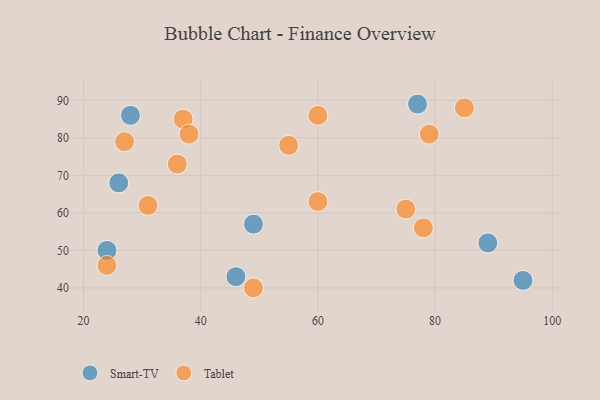
{"axis": {"x": "GDP", "y": "Life Expectancy"}, "legend": ["Smart-TV", "Tablet"], "data": [{"x": "77", "y": 89, "type": "Smart-TV"}, {"x": "28", "y": 86, "type": "Smart-TV"}, {"x": "89", "y": 52, "type": "Smart-TV"}, {"x": "24", "y": 50, "type": "Smart-TV"}, {"x": "49", "y": 57, "type": "Smart-TV"}, {"x": "26", "y": 68, "type": "Smart-TV"}, {"x": "95", "y": 42, "type": "Smart-TV"}, {"x": "46", "y": 43, "type": "Smart-TV"}, {"x": "75", "y": 61, "type": "Tablet"}, {"x": "36", "y": 73, "type": "Tablet"}, {"x": "60", "y": 86, "type": "Tablet"}, {"x": "85", "y": 88, "type": "Tablet"}, {"x": "78", "y": 56, "type": "Tablet"}, {"x": "49", "y": 40, "type": "Tablet"}, {"x": "31", "y": 62, "type": "Tablet"}, {"x": "27", "y": 79, "type": "Tablet"}, {"x": "79", "y": 81, "type": "Tablet"}, {"x": "55", "y": 78, "type": "Tablet"}, {"x": "60", "y": 63, "type": "Tablet"}, {"x": "37", "y": 85, "type": "Tablet"}, {"x": "38", "y": 81, "type": "Tablet"}, {"x": "24", "y": 46, "type": "Tablet"}]}